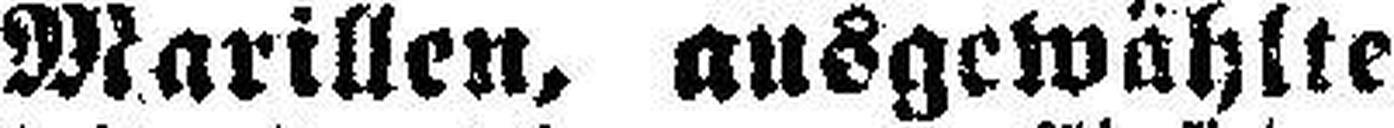
Marillen, ausgewählte